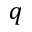
q